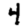
Digit: 4